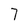
Character: 7